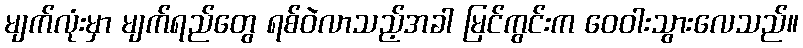
မျက်လုံးမှာ မျက်ရည်တွေ ရစ်ဝဲလာသည့်အခါ မြင်ကွင်းက ဝေဝါးသွားလေသည်။